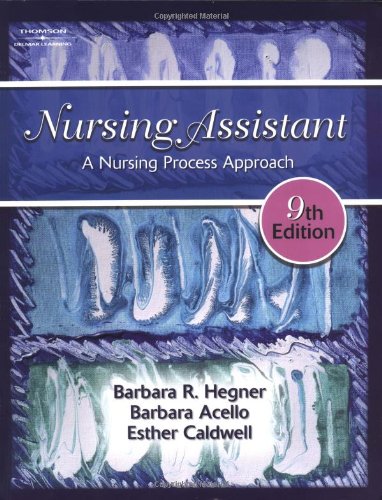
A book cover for Nursing Assistant: A Nursing Process Approach; Barbara Hegner; Medical Books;